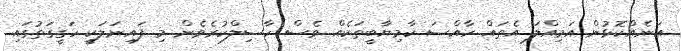
އަނެއްކޮޅުން އަމިއްލަ އެތައް ހާއްސަ ކާމިޔާބީތަކެއް ވެސް ހާސިލްކުރެވެން މި ފައިނަލަކީ ހަގީގަތުގައި